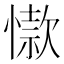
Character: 𢡜